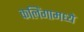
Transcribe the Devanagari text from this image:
कलिंगामध्ये